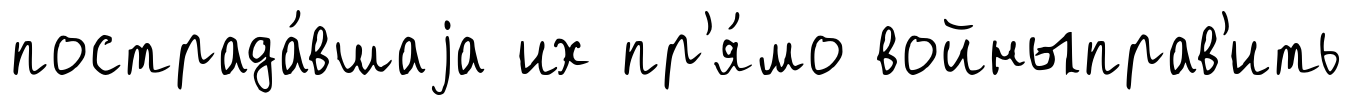
пострада́вшаjа их пр'я́мо войныправ'ить